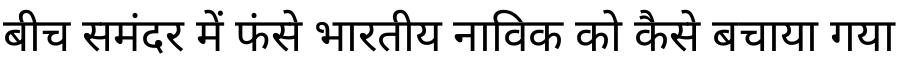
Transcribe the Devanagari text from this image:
बीच समंदर में फंसे भारतीय नाविक को कैसे बचाया गया